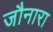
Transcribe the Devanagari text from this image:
जौनारा